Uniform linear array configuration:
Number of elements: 32
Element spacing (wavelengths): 0.75
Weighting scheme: kaiser
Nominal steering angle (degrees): -60
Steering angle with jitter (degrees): -59.434
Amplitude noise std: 0.05
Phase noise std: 0.05

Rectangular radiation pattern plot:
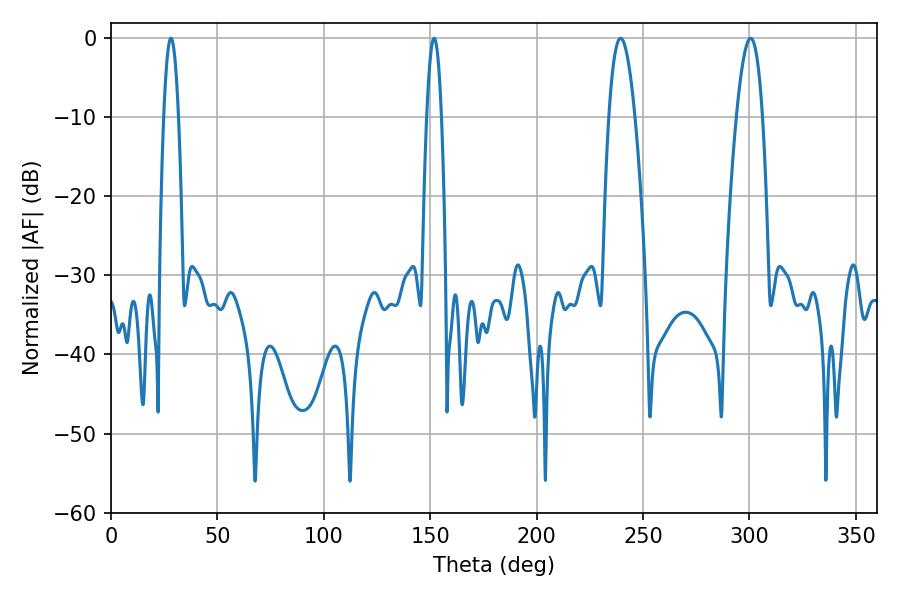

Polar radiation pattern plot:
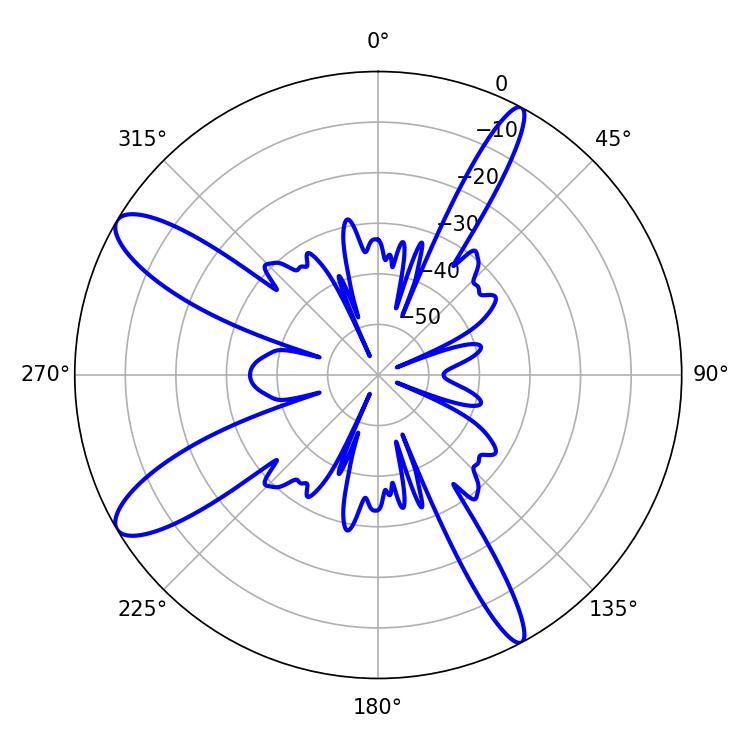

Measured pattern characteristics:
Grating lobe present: TRUE
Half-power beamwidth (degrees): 6.66
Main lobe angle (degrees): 239.4